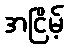
အငြိမ့်